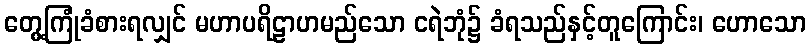
တွေ့ကြုံခံစားရလျှင် မဟာပရိဠာဟမည်သော ငရဲဘုံ၌ ခံရသည်နှင့်တူကြောင်း၊ ဟောသော